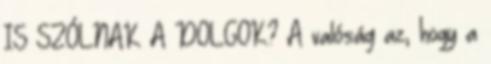
IS SZÓLNAK A DOLGOK? A valóság az, hogy a